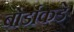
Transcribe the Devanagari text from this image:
बोर्डाकडे